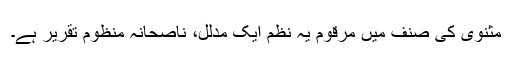
مثنوی کی صنف میں مرقوم یہ نظم ایک مدلّل، ناصحانہ منظوم تقریر ہے۔